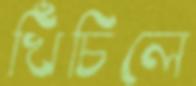
খিঁচিলে